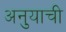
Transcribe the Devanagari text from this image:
अनुयाची